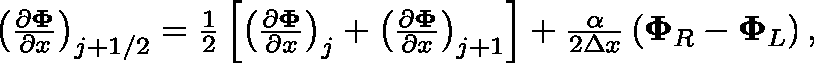
\begin{array} { r } { \left( \frac { \partial \mathbf { \Phi } } { \partial x } \right) _ { j + 1 / 2 } = \frac { 1 } { 2 } \left[ \left( \frac { \partial \mathbf { \Phi } } { \partial x } \right) _ { j } + \left( \frac { \partial \mathbf { \Phi } } { \partial x } \right) _ { j + 1 } \right] + \frac { \alpha } { 2 \Delta x } \left( \mathbf { \Phi } _ { R } - \mathbf { \Phi } _ { L } \right) , } \end{array}